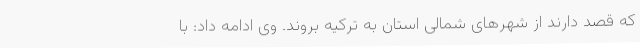
که قصد دارند از شهرهای شمالی استان به ترکیه بروند. وی ادامه داد: با